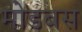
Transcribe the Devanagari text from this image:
मोडबस